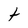
Character: t